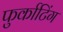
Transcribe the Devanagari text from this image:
फुर्काटिंग